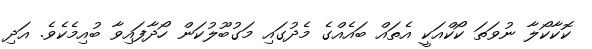
ކޮކާކޯލާ ނުވަތަ ކޯކްއަކީ އެތައް ބައެއްގެ މެދުގައި މަގުބޫލުކަން ހޯދާފައިވާ ބުއިމެކެވެ. އަދި